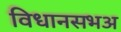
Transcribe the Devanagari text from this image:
विधानसभअ